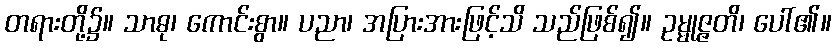
တရားတို့၌။ သာဓု၊ ကောင်းစွာ။ ပညာ၊ အပြားအားဖြင့်သိ သည်ဖြစ်၍။ ဥမ္မုဇ္ဇတိ၊ ပေါ်၏။